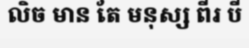
លិច មាន តែ មនុស្ស ពីរ បី